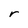
Character: r